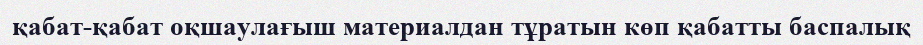
қабат-қабат оқшаулағыш материалдан тұратын көп қабатты баспалық